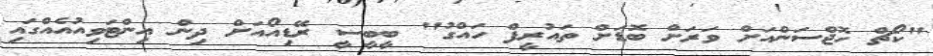
"ކޯޗް ހޮޖްސަންއަށް ވަރަށް ބޮޑަށް ތައުރީފް ހައްގު" ބީބީސީ ރޭޑިއޯއަށް ދިން އިންޓަވިއުއެއްގައި